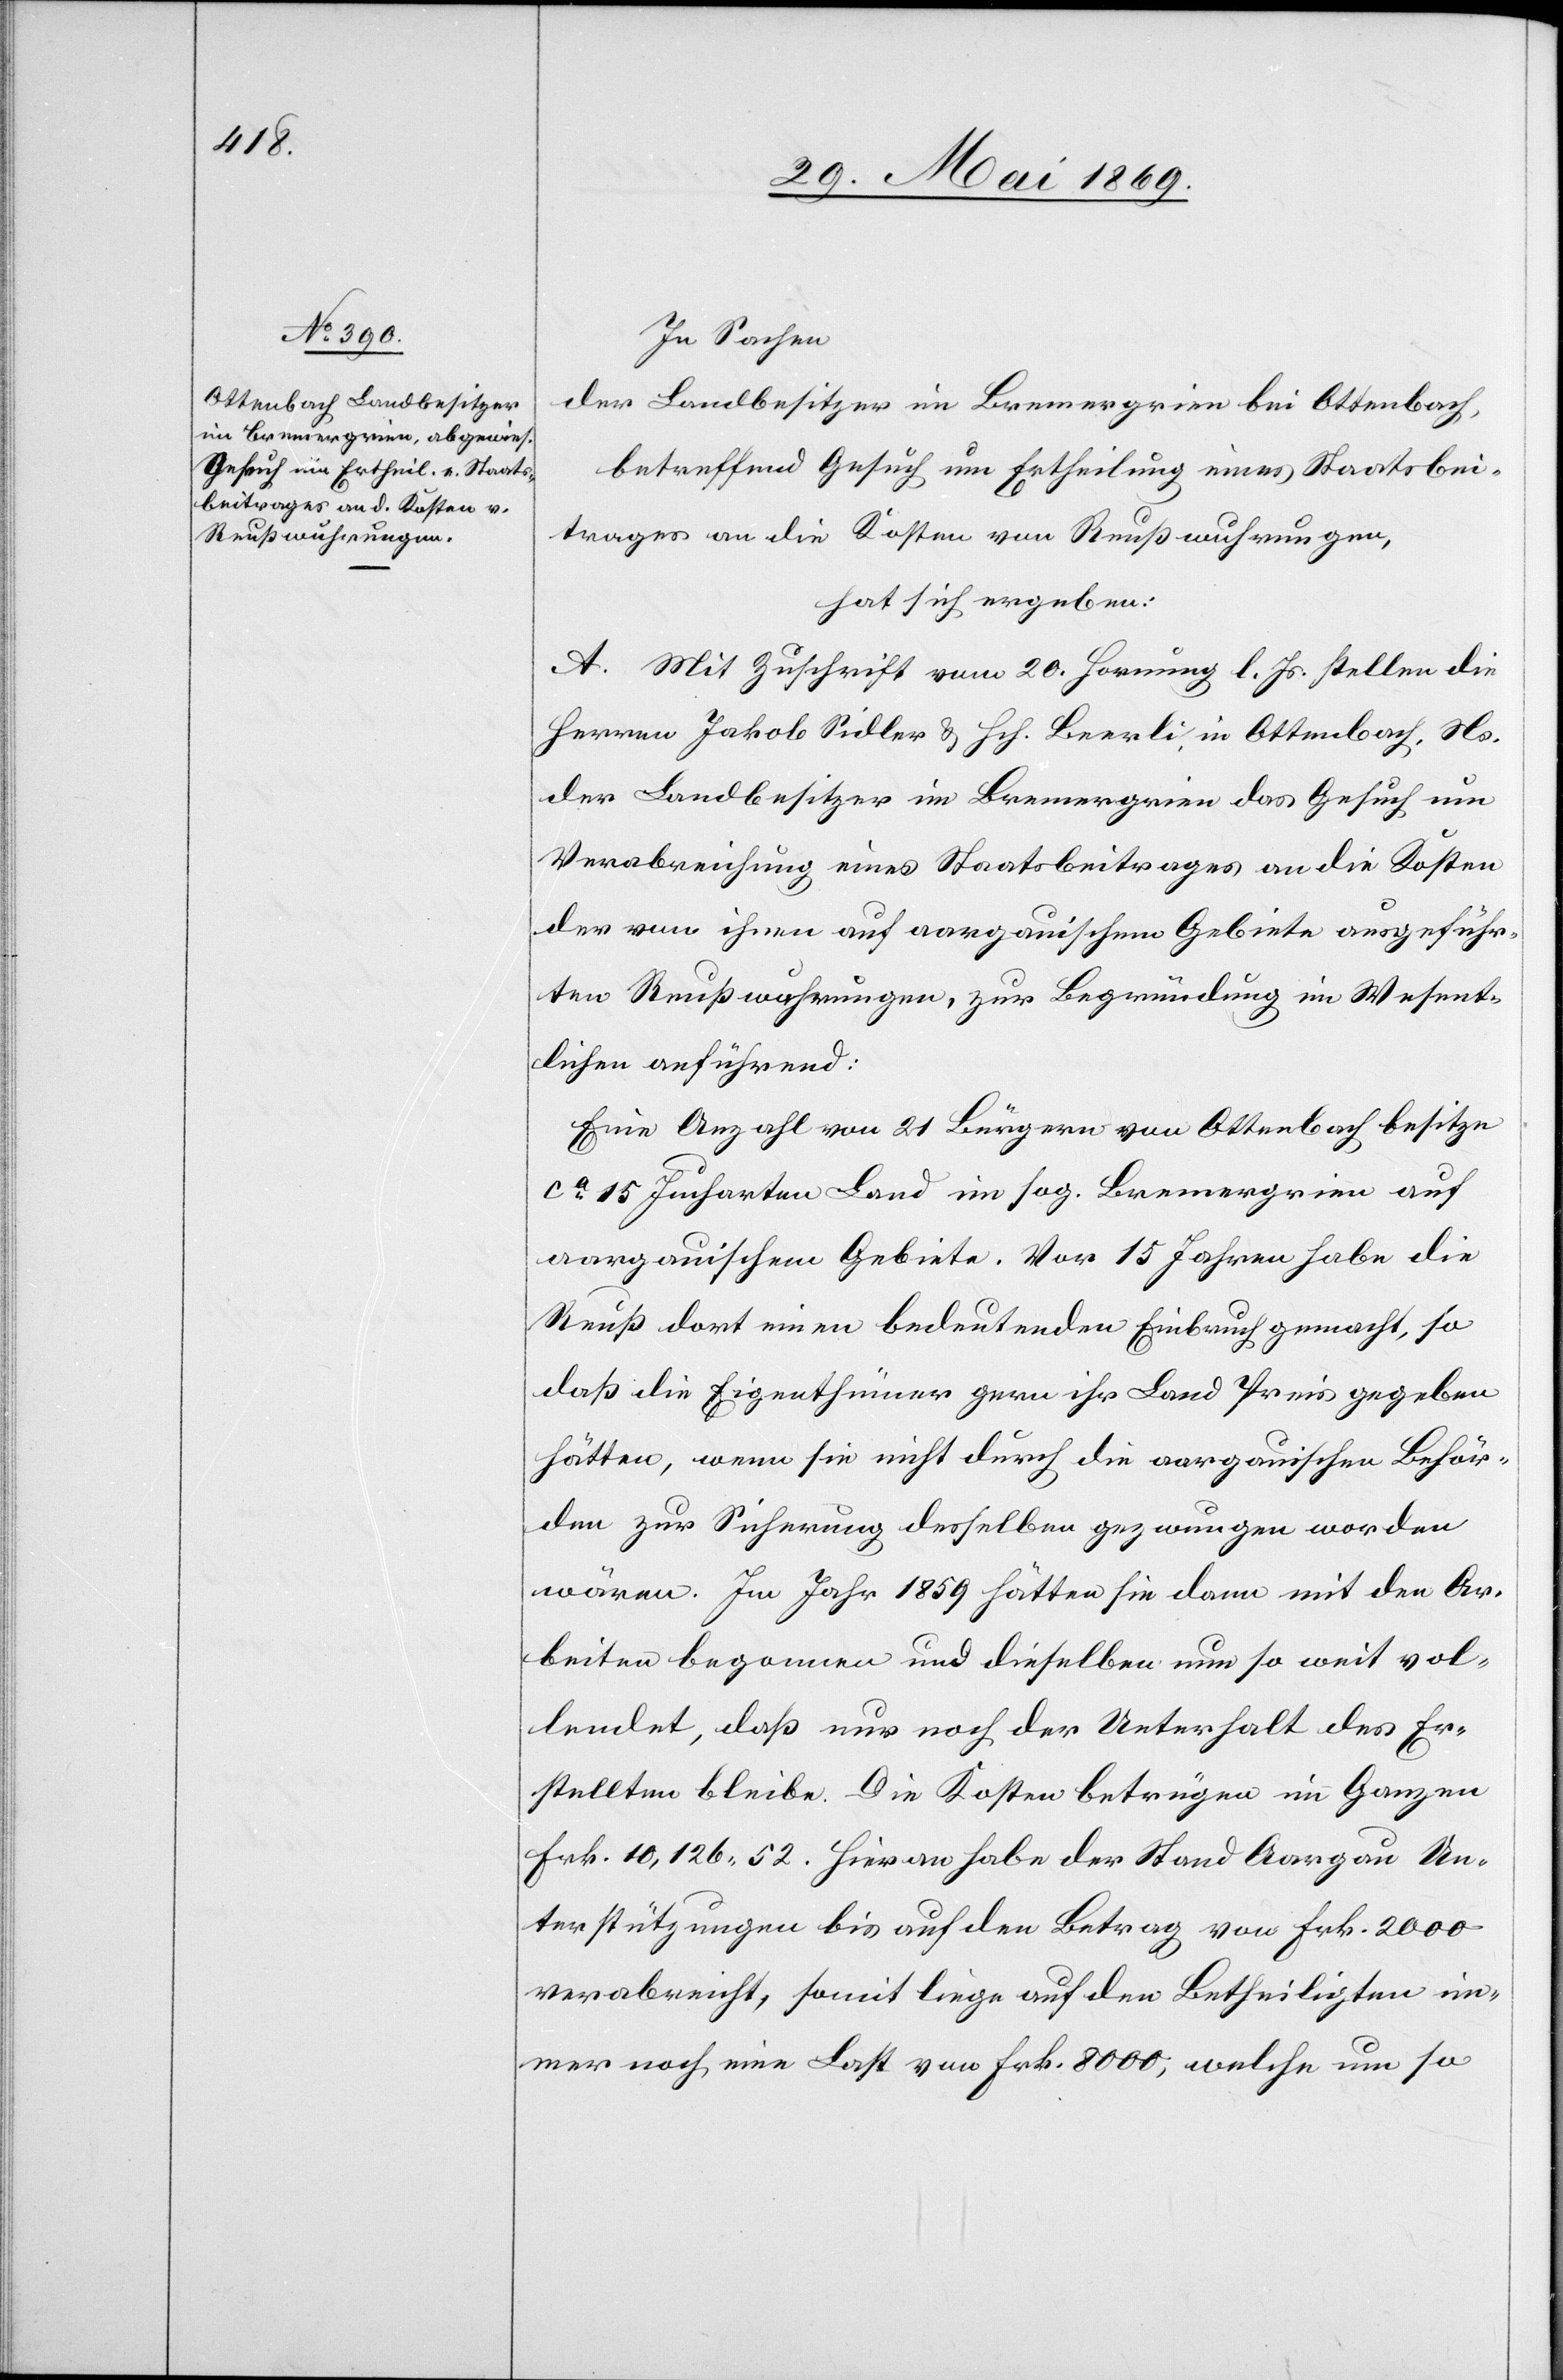
In Sachen
der Landbesitzer im Bremergrien bei Ottenbach,
betreffend Gesuch um Ertheilung eines Staatsbei¬
trages an die Kosten von Reußwuhrungen,
hat sich ergeben:
A. Mit Zuschrift vom 20 Hornung l. Js. stellen die
Herren Jakob Sidler u. Hch. Beerli in Ottenbach. Ns.
der Landbesitzer im Bremergrien das Gesuch um
Verabreichung eines Staatsbeitrages an die Kosten
der von ihnen auf aargauischem Gebiete ausgeführ¬
ten Reußwuhrungen, zur Begründung im Wesent¬
lichen anführend:
Eine Anzahl von 21 Bürgern von Ottenbach besitze
ca 15 Jucharten Land im sog. Bremergrien auf
aargauischem Gebiete. Vor 15 Jahren habe die
Reuß dort einen bedeutenden Einbruch gemacht, so
daß die Eigenthümer gern ihr Land Preis gegeben
hätten, wenn sie nicht durch die aargauischen Behör¬
den zur Sicherung desselben gezwungen worden
wären. Im Jahr 1859 hätte sie dann mit den Ar¬
beiten begonnen und dieselben nun so weit vol¬
lendet, daß nur noch der Unterhalt des Er¬
stellten bleibe. Die Kosten betrügen im Ganzen
Frk. 10,126.52. Hieran habe der Stand Aargau Un¬
terstützungen bis auf den Betrag von Frk. 2000
verabreicht, somit liege auf den Betheiligten im¬
mer noch eine Last von Frk. 8000, welche um so